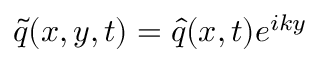
\tilde { q } ( x , y , t ) = \hat { q } ( x , t ) e ^ { i k y }